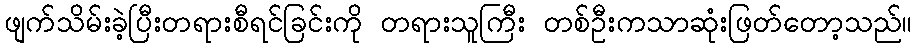
ဖျက်သိမ်းခဲ့ပြီးတရားစီရင်ခြင်းကို တရားသူကြီး တစ်ဦးကသာဆုံးဖြတ်တော့သည်။